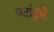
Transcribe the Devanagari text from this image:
पदांद्वारे